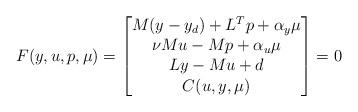
LaTeX: \begin{align*}F(y,u,p,\mu) =\begin{bmatrix}M (y-y_d) + L^T p + \alpha_y \mu \\\nu M u - M p + \alpha_u \mu \\L y - M u +d\\ C(u,y,\mu) \end{bmatrix}=0\end{align*}